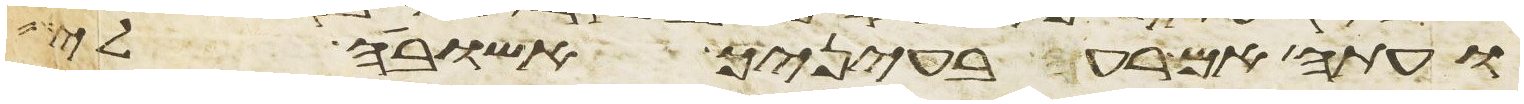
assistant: ועתה אם רעה בעיניך אשובה לי